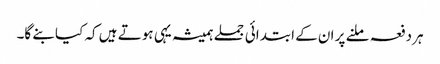
ہردفعہ ملنے پر ان کے ابتدائی جملے ہمیشہ یہی ہوتے ہیں کہ کیا بنے گا۔